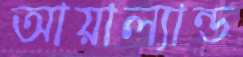
আয়াল্যান্ড